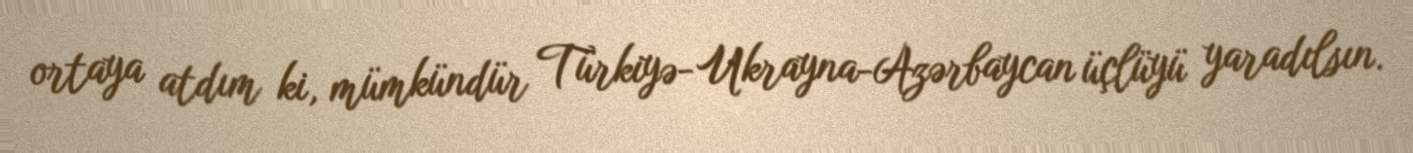
ortaya atdım ki, mümkündür Türkiyə-Ukrayna-Azərbaycan üçlüyü yaradılsın.